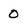
Character: 0